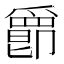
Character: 𤔴